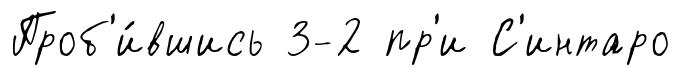
Проб'и́вшись 3-2 пр'и С'интаро